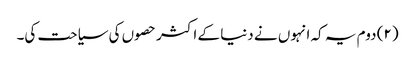
(۲) دوم یہ کہ انہوں نے دنیا کے اکثر حصوں کی سیاحت کی۔